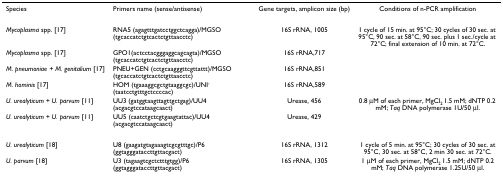
<table><thead><tr><td><b>Species</b></td><td><b>Primers name (sense/antisense)</b></td><td><b>Gene targets, amplicon size (bp)</b></td><td><b>Conditions of n-PCR amplification</b></td></tr></thead><tbody><tr><td><i>Mycoplasma </i>spp. [17]</td><td>RNA5 (agagtttgatcctggctcagga)/MGSO (tgcaccatctgtcactctgttaacctc)</td><td>16S rRNA, 1005</td><td>1 cycle of 15 min. at 95°C; 30 cycles of 30 sec. at 95°C, 90 sec. at 58°C, 90 sec. plus 1 sec./cycle at 72°C; final extension of 10 min. at 72°C.</td></tr><tr><td><i>Mycoplasma </i>spp. [17]</td><td>GPO1(actcctacgggaggcagcagta)/MGSO (tgcaccatctgtcactctgttaacctc)</td><td>16S rRNA,717</td><td></td></tr><tr><td><i>M. pneumoniae + M. genitalium </i>[17]</td><td>PNEU+GEN (cctgcaagggttcgttattt)/MGSO (tgcaccatctgtcactctgttaacctc)</td><td>16S rRNA,851</td><td></td></tr><tr><td><i>M. hominis </i>[17]</td><td>HOM (tgaaaggcgctgtaaggcgc)/UNI<sup>- </sup>(taatcctgtttgctccccac)</td><td>16S rRNA,589</td><td></td></tr><tr><td><i>U. urealyticum + U. parvum </i>[11]</td><td>UU3 (gatggtaagttagttgctgag)/UU4 (acgacgtccataagcaact)</td><td>Urease, 456</td><td>0.8 μM of each primer, MgCl<sub>2 </sub>1.5 mM; dNTP 0.2 mM; <i>Taq </i>DNA polymerase 1U/50 μl.</td></tr><tr><td><i>U. urealyticum + U. parvum </i>[11]</td><td>UU5 (caatctgctcgtgaagtattac)/UU4 (acgacgtccataagcaact)</td><td>Urease, 429</td><td></td></tr><tr><td><i>U. urealyticum </i>[18]</td><td>U8 (gaagatgtagaaagtcgcgtttgc)/P6 (ggtagggataccttgttacgact)</td><td>16S rRNA, 1312</td><td>1 cycle of 5 min. at 95°C; 30 cycles of 30 sec. at 95°C, 30 sec. at 58°C, 2 min 30 sec. at 72°C.</td></tr><tr><td><i>U. parvum </i>[18]</td><td>U3 (tagaagtcgctctttgtgg)/P6 (ggtagggataccttgttacgact)</td><td>16S rRNA, 1305</td><td>1 μM of each primer, MgCl<sub>2 </sub>1.5 mM; dNTP 0.2 mM; <i>Taq </i>DNA polymerase 1.25U/50 μl.</td></tr></tbody></table>